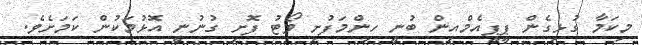
މިކަމާ ގުޅިގެން ޕީޕީއެމްއިން ބުނީ ހިންމަފުށި ވޯޓު ފޮށި ގުނުނީ އޮޅުމަކުން ކަމަށެވެ.